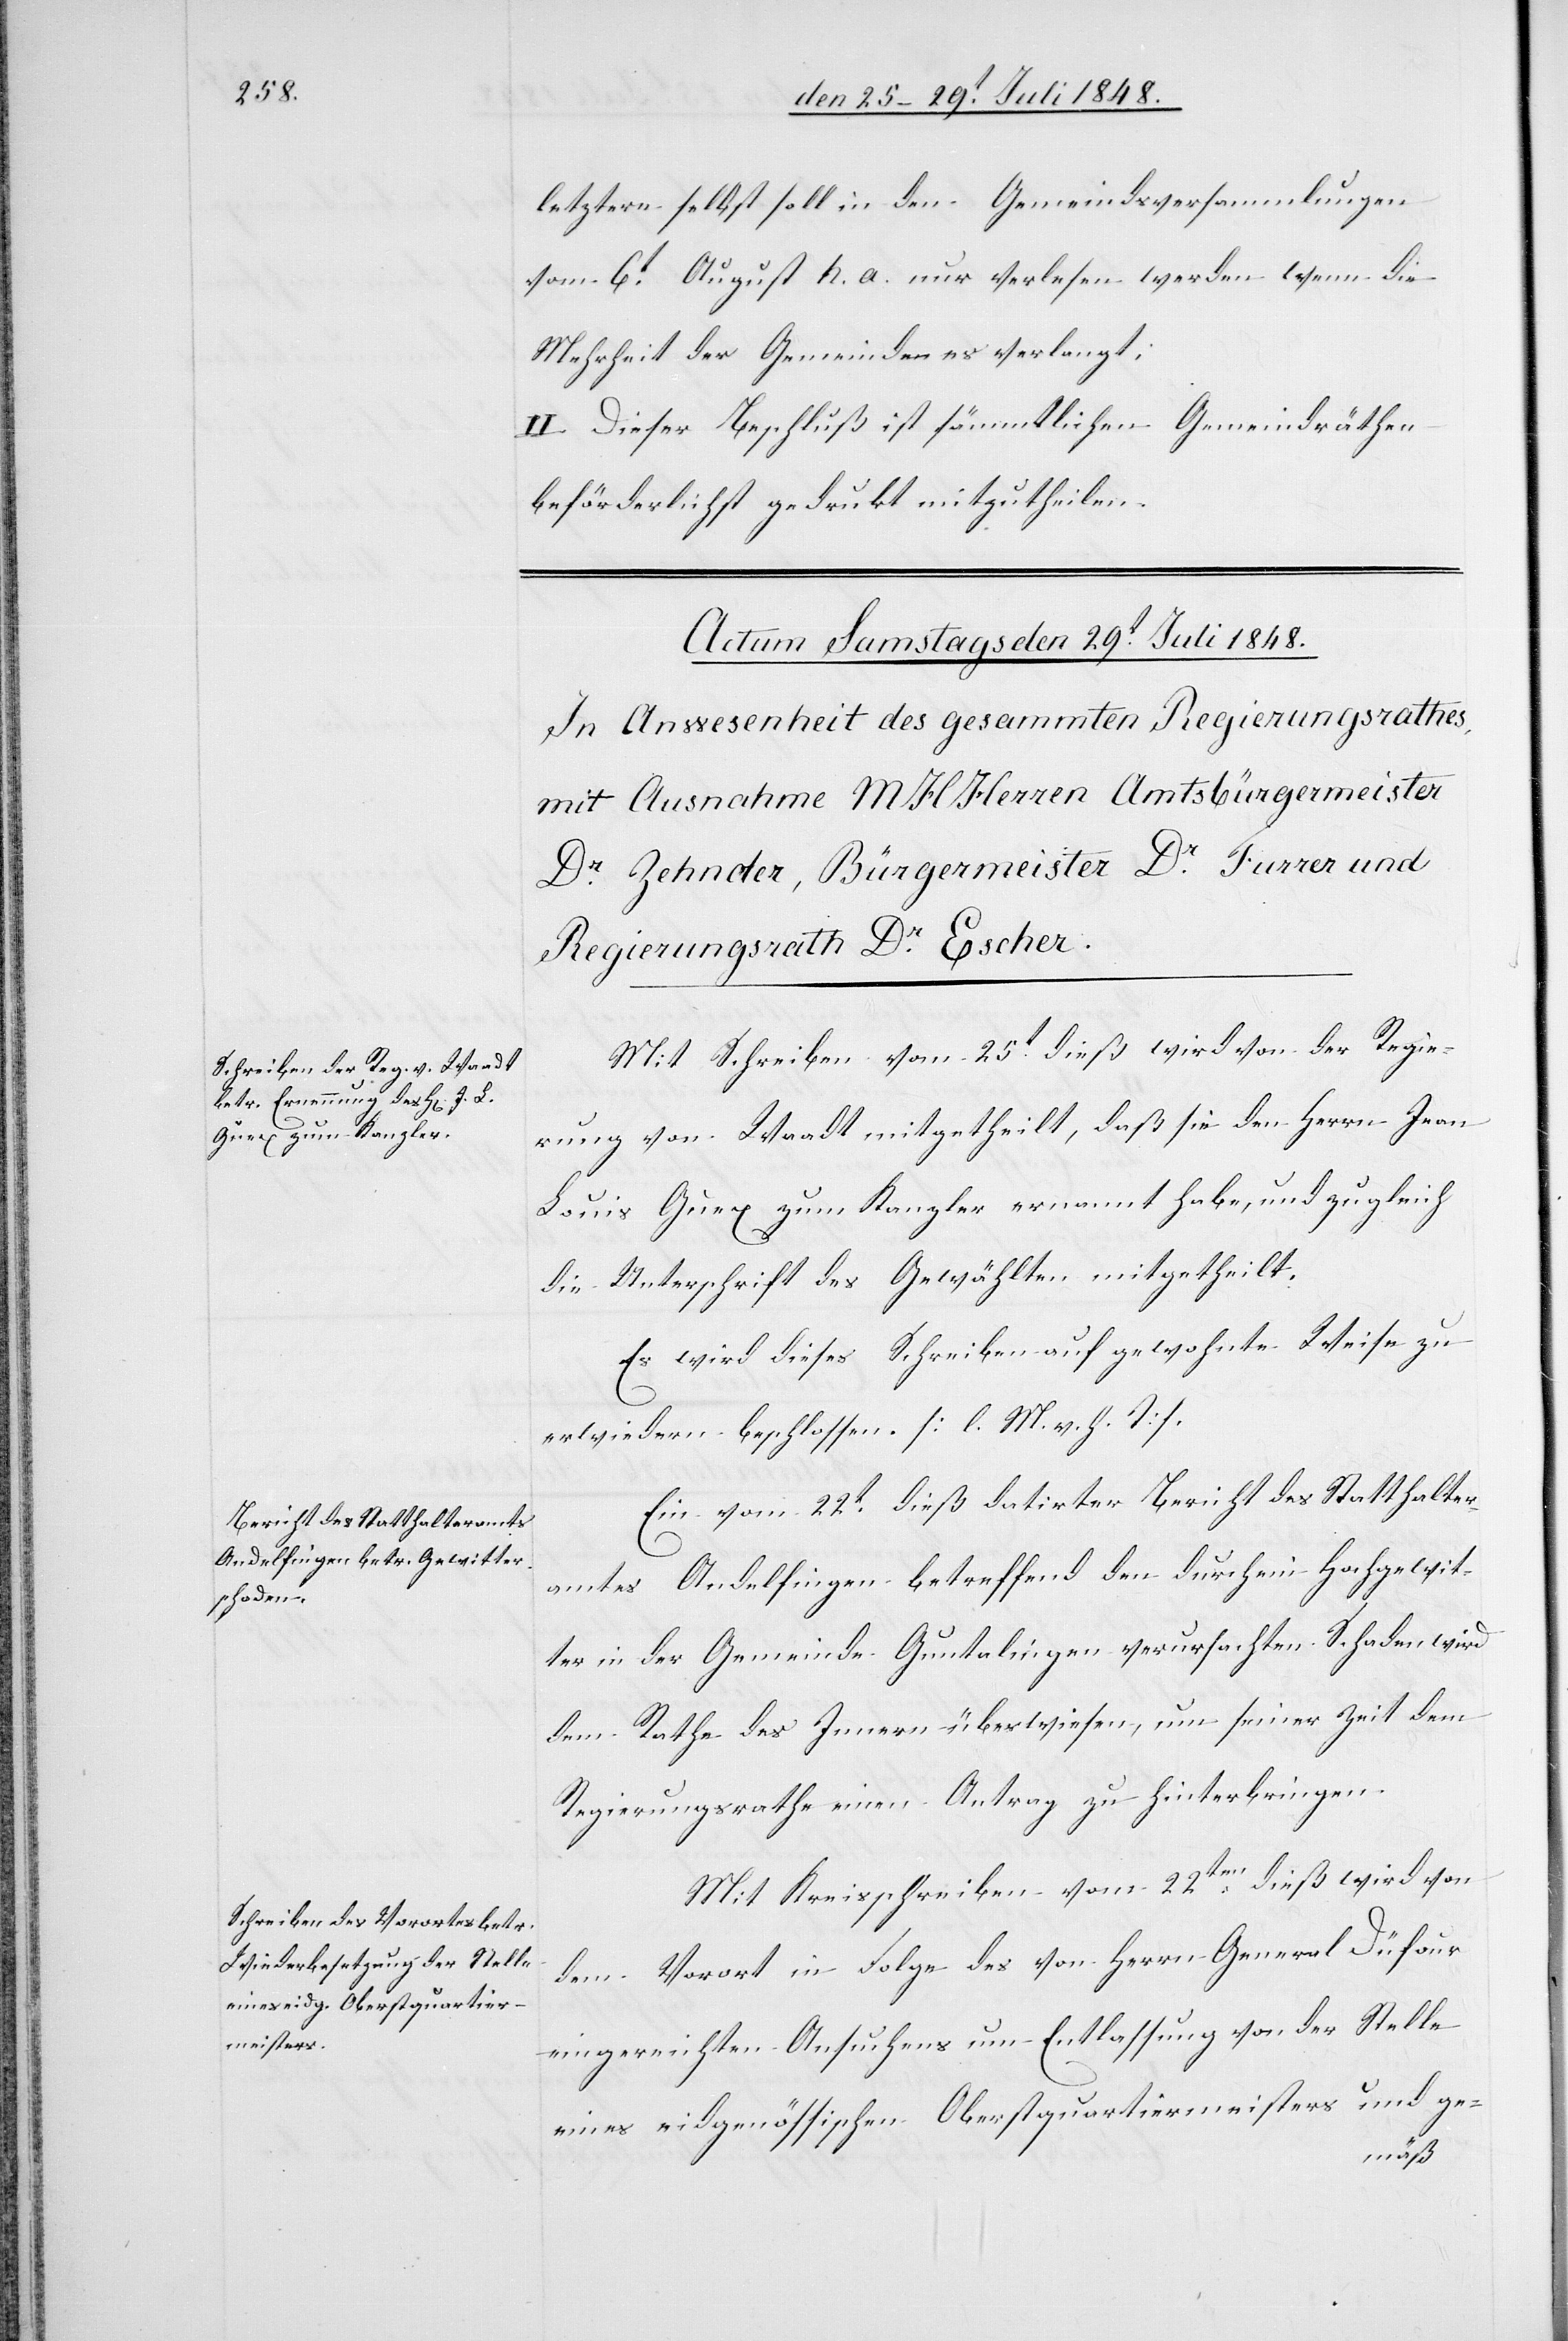
letztere selbst soll in den Gemeindsversammlungen
vom 6t August h. a. nur verlesen werden wenn die
Mehrheit der Gemeinden es verlangt;
II. Dieser Beschluß ist sämmtlichen Gemeindräthen
beförderlichst gedrukt mitzutheilen.
Mit Schreiben vom 25t dieß wird von der Regie¬
rung von Waadt mitgetheilt, daß sie den Herrn Jean
Louis Guex zum Kanzler ernannt habe, und zugleich
die Unterschrift des Gewählten mitgetheilt.
Es wird dieses Schreiben auf gewohnte Weise zu
erwiedern beschlossen. [l. M. v. h. T]
Ein vom 22t dieß datirter Bericht des Statthalter¬
amtes Andelfingen betreffend den durch ein Hochgewit¬
ter in der Gemeinde Guntalingen verursachten Schaden wird
dem Rathe des Innern überwiesen, um seiner Zeit dem
Regierungsrathe einen Antrag zu hinterbringen.
Mit Kreisschreiben vom 22ten dieß wird von
dem Vorort in Folge des von Herrn General Düfour
eingereichten Ansuchens um Entlassung von der Stelle
eines eidgenössischen Oberstquartiermeisters und ge-